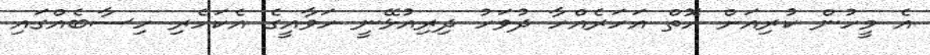
އެ މީހުން ކުރިއަށް އޮތް އަހަރެއްހާ ދުވަހު ދިރިއުޅޭނީ ހަވާއީގެ އެކަހެރި ހިސާބެއްގައި